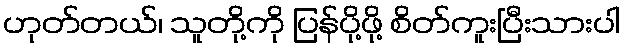
ဟုတ်တယ်၊ သူတို့ကို ပြန်ပို့ဖို့ စိတ်ကူးပြီးသားပါ